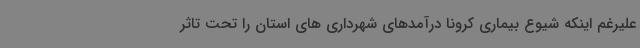
علیرغم اینکه شیوع بیماری کرونا درآمدهای شهرداری های استان را تحت تاثر